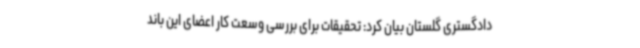
دادگستری گلستان بیان کرد: تحقیقات برای بررسی وسعت کار اعضای این باند